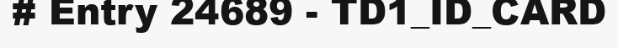
# Entry 24689 - TD1_ID_CARD